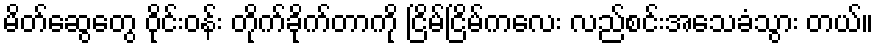
မိတ်ဆွေတွေ ဝိုင်းဝန်း တိုက်ခိုက်တာကို ငြိမ်ငြိမ်ကလေး လည်စင်းအသေခံသွား တယ်။